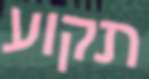
תקוע